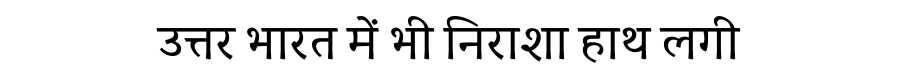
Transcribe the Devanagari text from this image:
उत्तर भारत में भी निराशा हाथ लगी